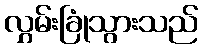
လွှမ်းခြုံသွားသည်